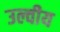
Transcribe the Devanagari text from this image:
उल्वीय